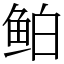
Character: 鲌